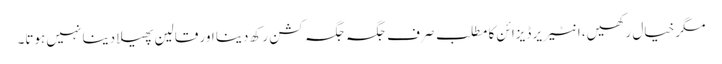
مگر خیال رکھیں، انٹیریر ڈیزائن کا مطلب صرف جگہ جگہ کشن رکھ دینا اور قالین پھیلا دینا نہیں ہوتا۔